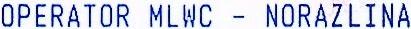
OPERATOR MLWC - NORAZLINA